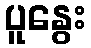
ပူနွေး